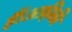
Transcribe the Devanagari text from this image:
हैं।अफ्री़की